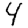
Digit: 4